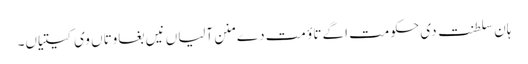
ہان سلطنت دی حکومت اگے تاؤ مت دے منن آلیاں نیں بغاوتاں وی کیتیاں۔